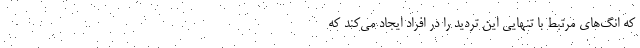
که انگ‌های مرتبط با تنهایی این تردید را در افراد ایجاد می‌کند که